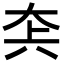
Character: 𡘂